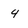
Character: 4